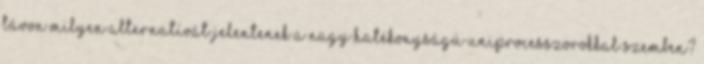
távon milyen alternatívát jelentenek a nagy hatékonyságú uniprocesszorokkal szemben?